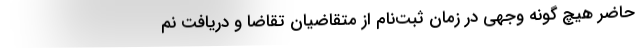
حاضر هیچ گونه‌ وجهی در زمان ثبت‌نام از متقاضیان تقاضا و دریافت نم